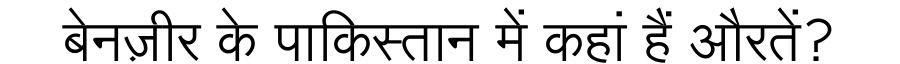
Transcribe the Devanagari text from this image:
बेनज़ीर के पाकिस्तान में कहां हैं औरतें?